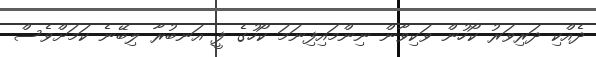
ދެއްކި ދަރިވަރު ކޯހުން ވަކިވާން ނިންމައިފިނަމަ ކޯހުގެ ފީ އަނބުރާ ލިބޭނެ ކަމަށްވެސް